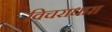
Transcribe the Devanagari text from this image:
विचराधारा